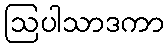
ဩပါသာဒကာ